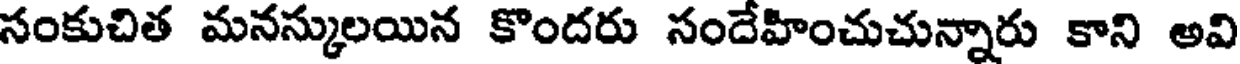
సంకుచిత మనస్కులయిన కొందరు సందేహించుచున్నారు కాని అవి